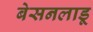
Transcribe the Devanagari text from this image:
बेसनलाडू